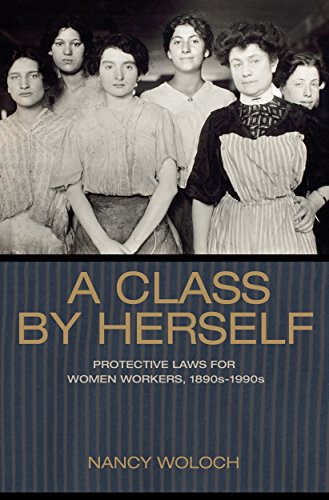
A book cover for A Class by Herself: Protective Laws for Women Workers, 1890s-1990s (Politics and Society in Twentieth-Century America); Nancy Woloch; Law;